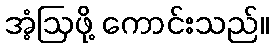
အံ့ဩဖို့ ကောင်းသည်။